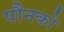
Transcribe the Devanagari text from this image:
पौनको